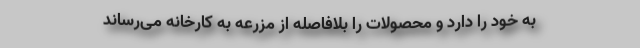
به خود را دارد و محصولات را بلافاصله از مزرعه به کارخانه می‌رساند